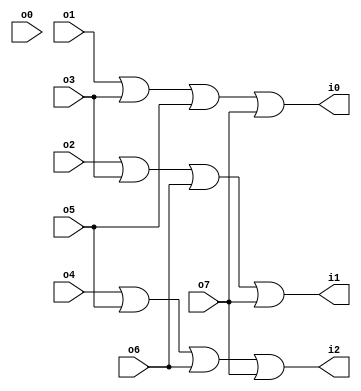
module Encoder(o0,o1,o2,o3,o4,o5,o6,o7,i0,i1,i2);
input o0,o1,o2,o3,o4,o5,o6,o7;
output wire i0,i1,i2;
assign i2 = o4|o5|o6|o7;//or(a,d4,d5,d6,d7);
assign i1 = o2|o3|o6|o7;//or(b,d2,d3,d6,d7);
assign i0 = o1|o3|o5|o7;//or(c,d1,d3,d5,d7);
endmodule